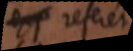
referet